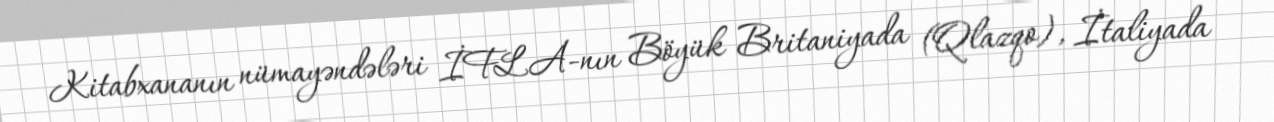
Kitabxananın nümayəndələri İFLA-nın Böyük Britaniyada (Qlazqo), İtaliyada